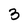
Character: 3